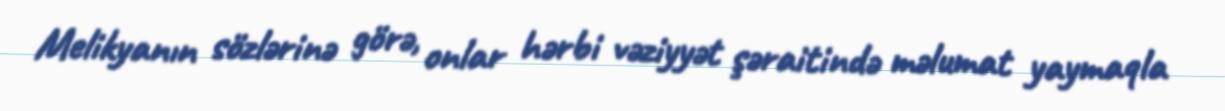
Melikyanın sözlərinə görə, onlar hərbi vəziyyət şəraitində məlumat yaymaqla